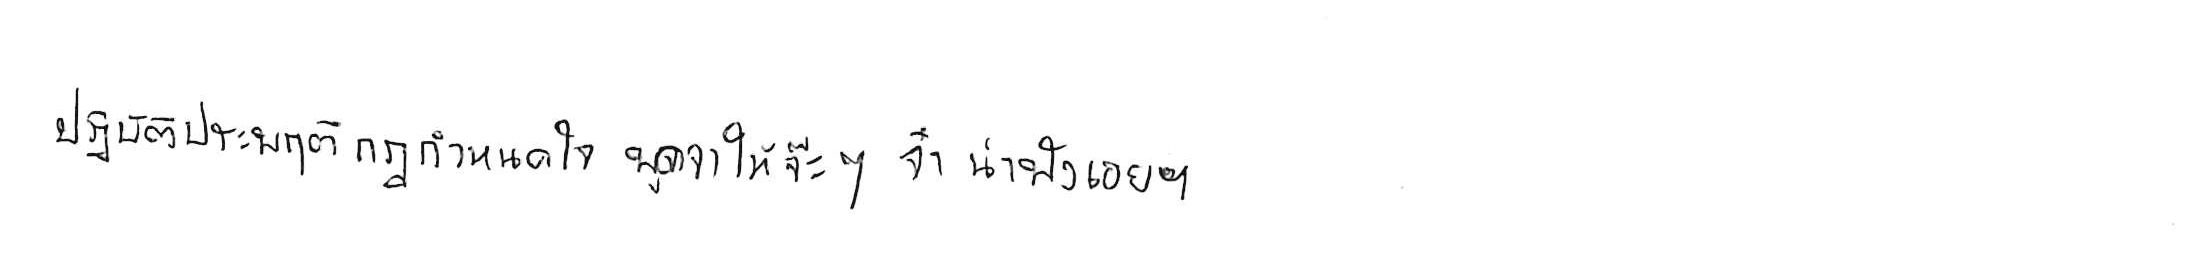
ปฏิบัติประพฤติกฎกำหนดใจ พูดจาให้จ๊ะๆ  จ๋า น่าฟังเอยฯ